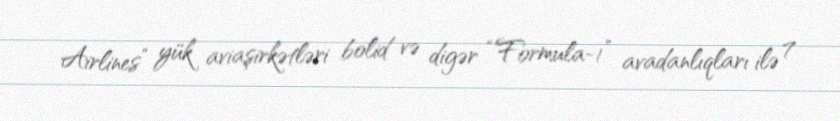
Airlines” yük aviaşirkətləri bolid və digər “Formula-1” avadanlıqları ilə 7